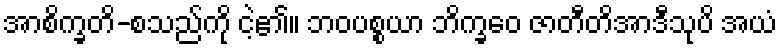
အာစိက္ခတိ-စသည်ကို ငဲ့၏။ ဘဝပစ္စယာ ဘိက္ခဝေ ဇာတီတိအာဒီသုပိ အယံ